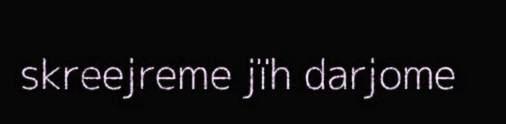
skreejreme jïh darjome